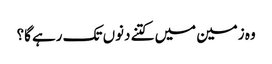
وہ زمین میں کتنے دنوں تک رہے گا؟